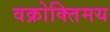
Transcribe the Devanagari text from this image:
वक्रोक्तिमय